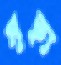
মৃত্যৃ